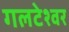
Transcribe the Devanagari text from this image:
गलटेश्वर